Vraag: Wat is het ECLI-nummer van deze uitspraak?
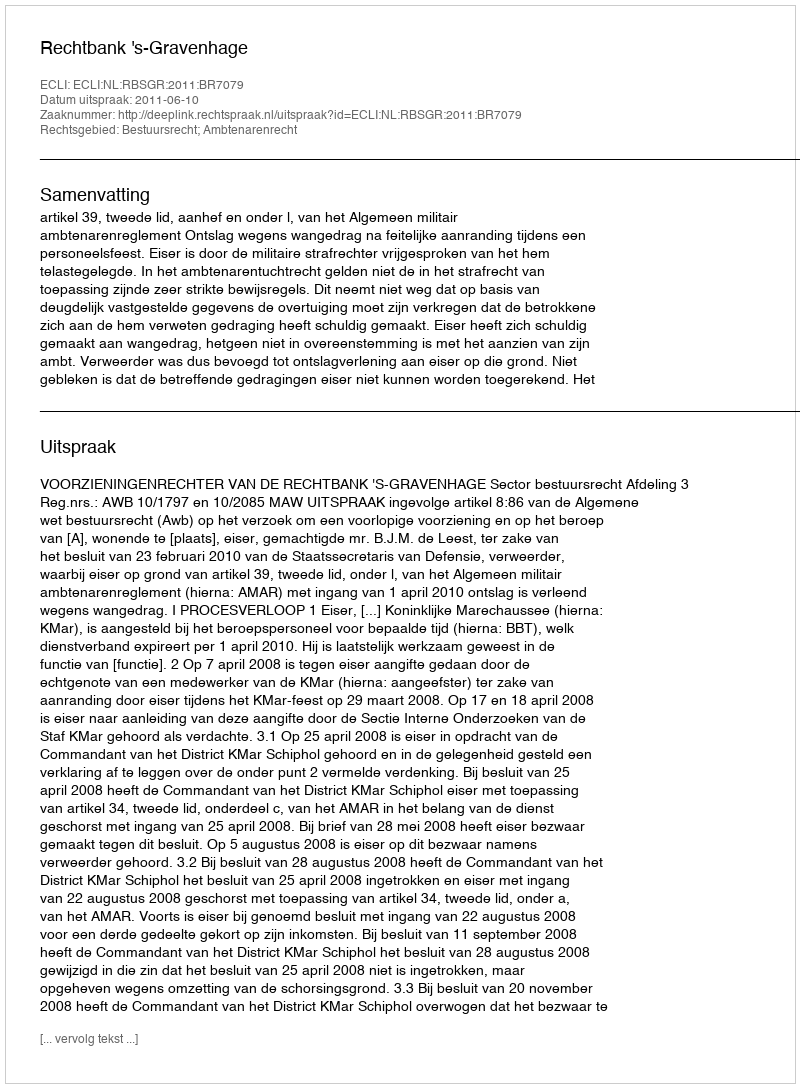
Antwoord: ECLI:NL:RBSGR:2011:BR7079